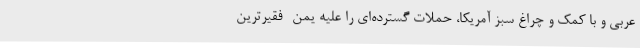
عربی و با کمک و چراغ سبز آمریکا، حملات گسترده‌ای را علیه یمن -فقیرترین